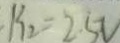
B _ { 2 } = 2 . 5 V